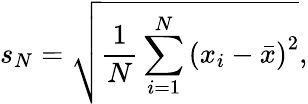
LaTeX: s_{N}={\sqrt{{\frac{1}{N}}\sum_{i=1}^{N}\left(x_{i}-{\bar{x}}\right)^{2}}},